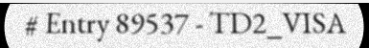
# Entry 89537 - TD2_VISA